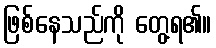
ဖြစ်နေသည်ကို တွေ့ရ၏။